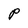
Character: P